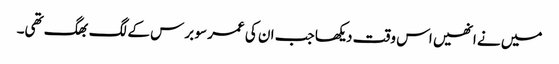
میں نے انھیں اس وقت دیکھا جب ان کی عمر سو برس کے لگ بھگ تھی۔